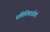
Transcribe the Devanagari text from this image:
प्रतिशिवाजीची